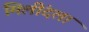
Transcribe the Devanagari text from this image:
मिलींदला